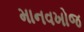
માનવખોજ